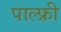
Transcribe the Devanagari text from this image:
पाल्फ्री